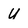
Character: U